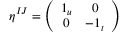
\eta ^ { I J } = \left( \begin{array} { c c } { { 1 _ { u } } } & { { 0 } } \\ { { 0 } } & { { - 1 _ { t } } } \end{array} \right)